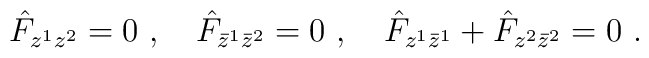
\hat{{F}}_{z^1z^2}=0\ ,\quad \hat{{F}}_{\bar{z}^1\bar{z}^2}=0\ ,\quad \hat{{F}}_{z^1\bar{z}^1}+\hat{{F}}_{z^2\bar{z}^2}=0\ .